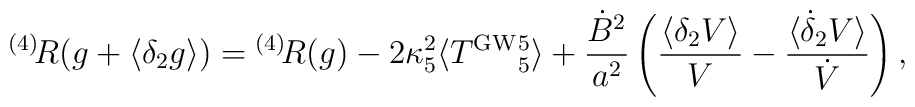
{}^{(4)}\!R(g+\langle\delta_2g\rangle)= {}^{(4)}\!R(g)-2\kappa_5^2\langle T^{\rm GW}{}^5_5\rangle + \frac{\dot B^2}{a^2}\left(\frac{\langle\delta_2 V\rangle}{V}-\frac{\langle\dot \delta_2 V\rangle}{\dot V}\right),